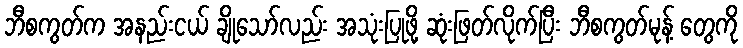
ဘီစကွတ်က အနည်းငယ် ချိုသော်လည်း အသုံးပြုဖို့ ဆုံးဖြတ်လိုက်ပြီး ဘီစကွတ်မုန့် တွေကို